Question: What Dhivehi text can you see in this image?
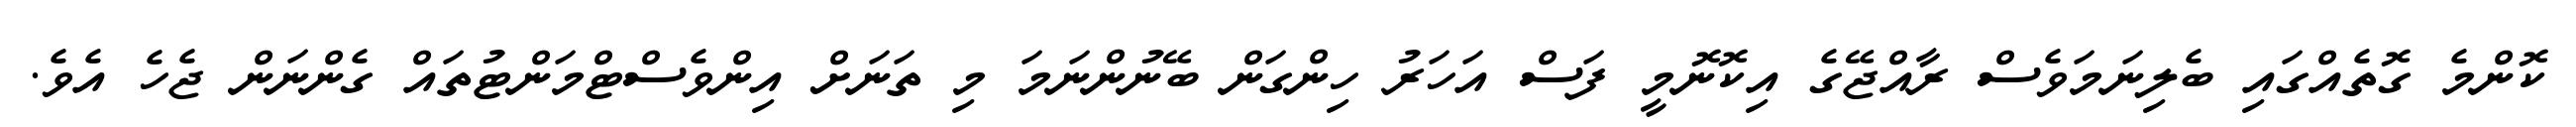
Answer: ކޮންމެ ގޮތެއްގައި ބެލިނަމަވެސް ރާއްޖޭގެ އިކޮނޮމީ ފަސް އަހަރު ހިންގަން ބޭނުންނަމަ މި ތަނަށް އިންވެސްޓްމަންޓުތައް ގެންނަން ޖެހެ އެވެ.